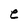
Character: e